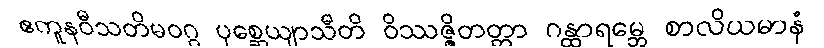
ဧကူနဝီသတိမဝဂ္ဂ ပုစ္ဆေယျာသီတိ ဝိဿဇ္ဇိတတ္တာ ဂန္ထာရမ္ဘေ စာလိယမာနံ